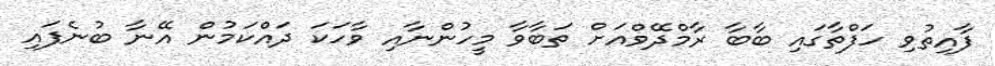
ފާއިތުވި ހަފްތާގައި ބާބާ ރާމްދޭވްއަށް ތަބާވާ މީހުންނާއި ވާހަކަ ދައްކަމުން އޭނާ ބުނެފައި